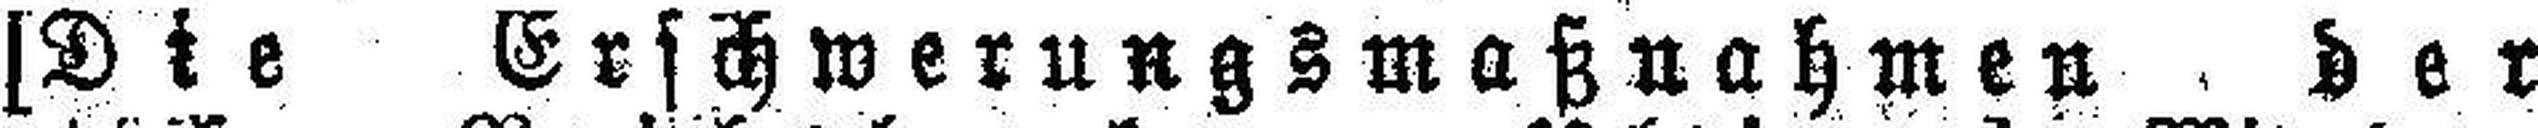
[Die Erschwerungsmaßnahmen der